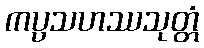
ကပ္ပသဟဿသုတ္တံ